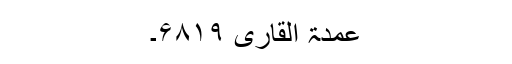
عمدۃ القاری ۶۸۱۹۔